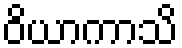
ဝိယာကာသိ